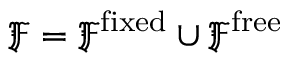
\mathfrak { F } = \mathfrak { F } ^ { \mathrm { f i x e d } } \cup \mathfrak { F } ^ { \mathrm { f r e e } }